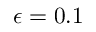
\epsilon = 0 . 1